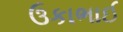
ઉકાભાઈ